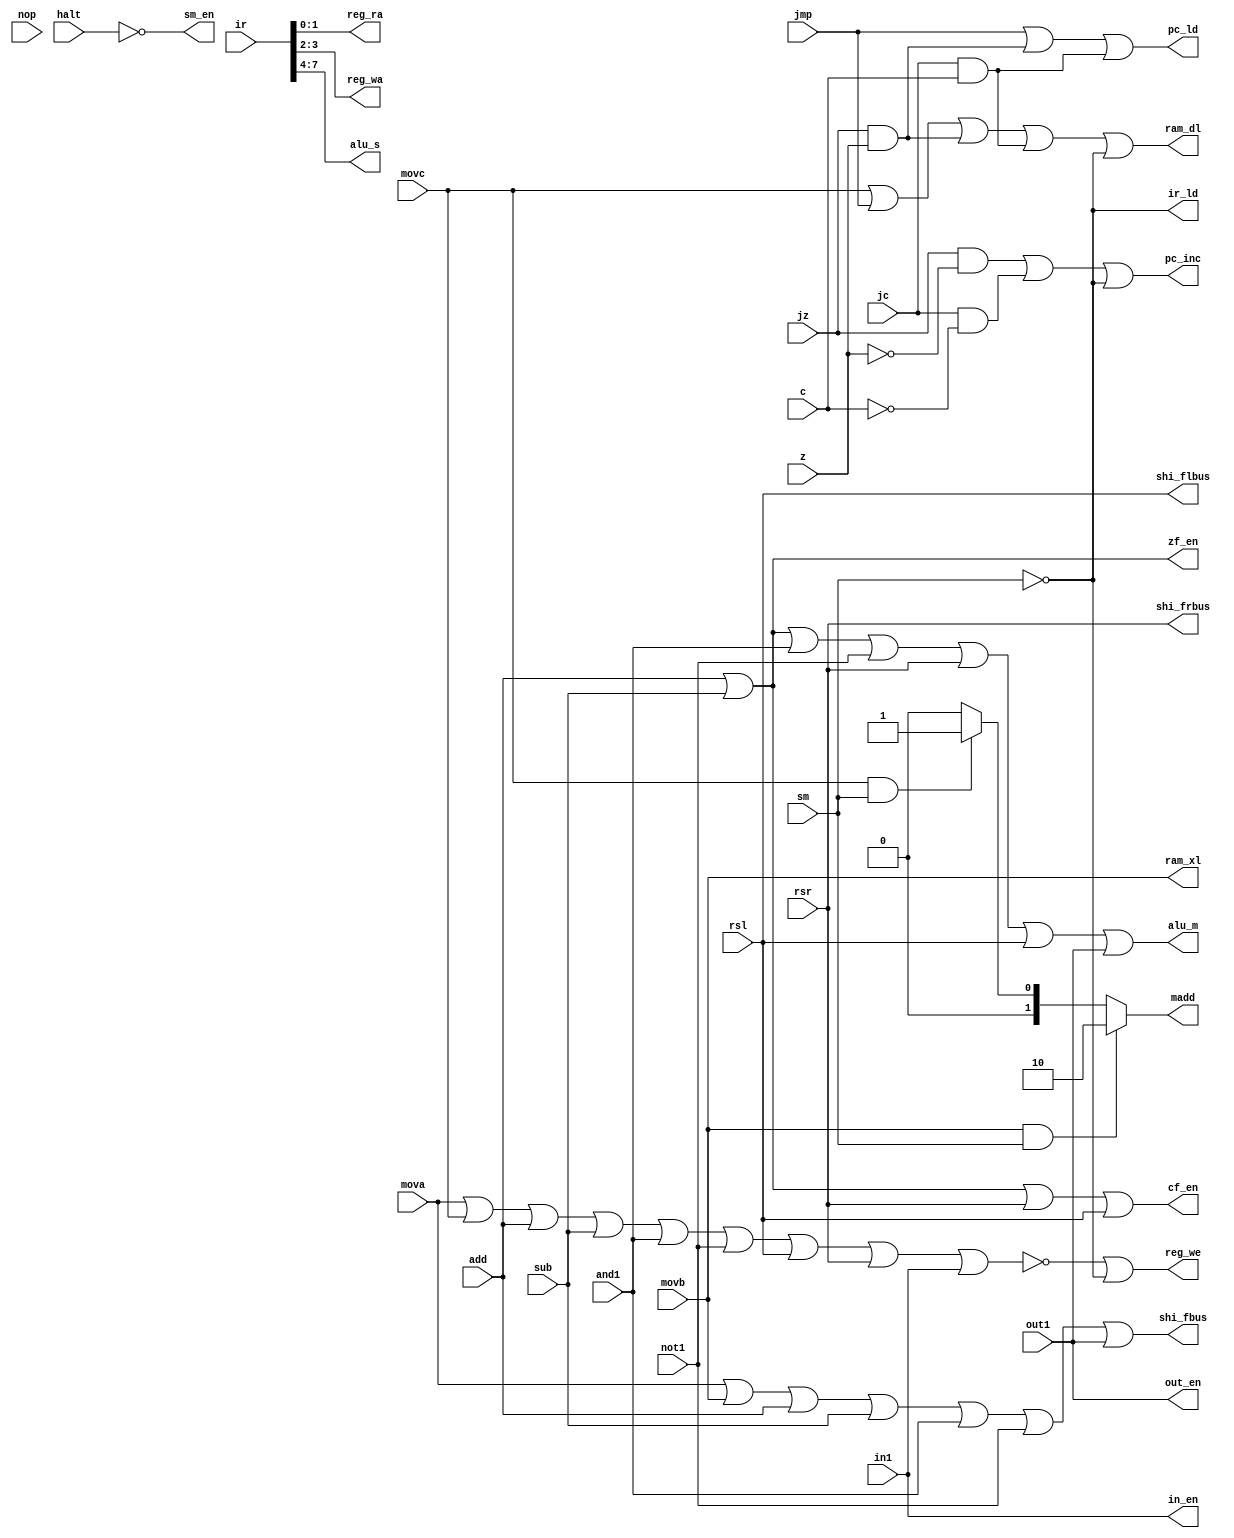
module con_signal(input [7:0]ir,
                  input mova,
						movb,
                  movc,
                  add,
                  sub,
                  and1,
                  not1,
                  rsr,
                  rsl,
                  jmp,
                  jz,
                  z,
                  jc,
                  c,
                  in1,
                  out1,
                  nop,
                  halt,
                  sm,
                  output reg [1:0]reg_ra,
                  reg_wa,
                  madd,
                  output reg [3:0]alu_s,
                  output reg pc_ld,
                  pc_inc,
                  reg_we,
                  ram_xl,
                  ram_dl,
                  alu_m,
                  shi_fbus,
                  shi_flbus,
                  shi_frbus,
                  ir_ld,
                  cf_en,
                  zf_en,
                  sm_en,
                  in_en,
                  out_en);
    
    
always@(mova,movb,movc,add,sub,and1,not1,rsr,rsl,jmp,jz,z,jc,c,in1,out1,nop,halt,sm,ir)
    begin
        sm_en <= !halt;
        //ALU
        alu_m      <= add||sub||and1||not1||rsr||rsl||out1;
        cf_en      <= add||sub||rsr||rsl;
        zf_en      <= add||sub;
        alu_s[3:0] <= ir[7:4];
        //
        shi_fbus  <= mova||movb||add||sub||and1||not1||out1;
        shi_frbus <= rsr;
        shi_flbus <= rsl;
        //RAM
        ram_dl <= movc||jmp||(jz&&z)||(jc&&c)||!sm;
        ram_xl <= movb;
        //
        ir_ld <= !sm;
        //
        reg_we      <= !(mova||movc||add||sub||and1||not1||rsl||rsr||in1)||!sm;
        reg_wa      <= ir[3:2];
        reg_ra[1:0] <= ir[1:0];
        //PC
        pc_ld  <= jmp||(jz&&z)||(jc&&c);
        pc_inc <= (jz&&!z)||(jc&&!c)||!sm;
        //MADD
        if (movb&&sm) madd      <= 2'b10;
        else if (movc&&sm) madd <= 2'b01;
        else if (!sm) madd      <= 2'b00;
        else madd               <= 2'b00;
        //
        in_en  <= in1;
        out_en <= out1;
    end
endmodule

// module con_signal(
// 	input mova,movb,movc,add,sub,and1,not1,rsr,rsl,jmp,jz,z,jc,c,in1,out1,nop,halt,sm,
// 	input [7:0]ir,
// 	output [1:0]reg_ra,reg_wa,madd,
// 	output [3:0]alu_s,
// 	output pc_ld,pc_inc,reg_we,ram_xl,ram_dl,alu_m,shi_fbus,shi_flbus,shi_frbus,ir_ld,
// 	output cf_en,zf_en,sm_en,in_en,out_en
// );
// assign
// begin
// 	
// end